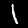
Label: 1